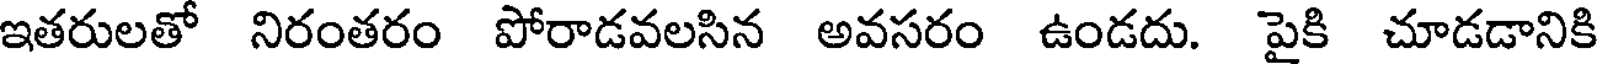
ఇతరులతో నిరంతరం పోరాడవలసిన అవసరం ఉండదు. పైకి చూడడానికి